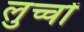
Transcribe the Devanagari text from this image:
लुच्चों